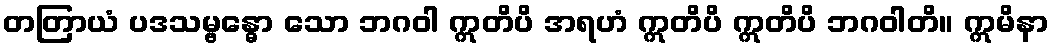
တတြာယံ ပဒသမ္ဗန္ဓော သော ဘဂဝါ ဣတိပိ အရဟံ ဣတိပိ ဣတိပိ ဘဂဝါတိ။ ဣမိနာ